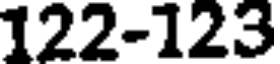
122-123